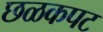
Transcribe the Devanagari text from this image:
छळकपट